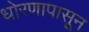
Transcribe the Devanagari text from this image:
धोरणापासून